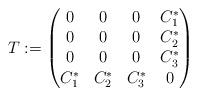
LaTeX: \begin{gather*}T:= \begin{pmatrix} 0 & 0 & 0 & C_1^* \\ 0 & 0 & 0 & C_2^*\\0 & 0 & 0 & C_3^* \\C_1^* & C_2^* & C_3^* & 0\end{pmatrix}\end{gather*}